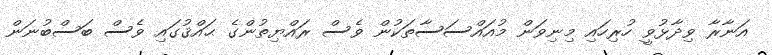
އަނާރާ ވިދާޅުވީ ހުރިހައި މިނިވަން މުއައްސަސާތަކުން ވެސް ރައްޔިތުންގެ ޙައްޤުގައި ވެސް ބަސްބުނަން